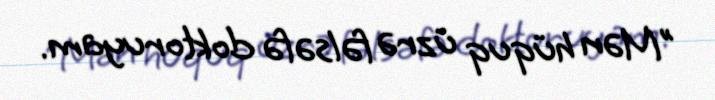
"Mən hüquq üzrə fəlsəfə doktoruyam.